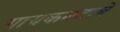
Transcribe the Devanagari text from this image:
गायकनटाचे